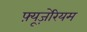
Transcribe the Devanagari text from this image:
फ़्यूज़ेरियम